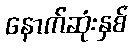
နောက်ဆုံးနှစ်